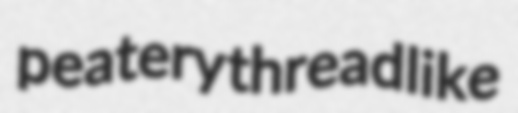
peatery threadlike